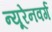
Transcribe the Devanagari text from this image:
न्यूरेनवर्ग